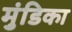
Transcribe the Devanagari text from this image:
मुंडिका